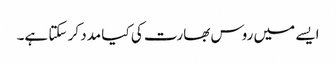
ایسے میں روس بھارت کی کیا مدد کر سکتا ہے۔